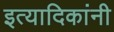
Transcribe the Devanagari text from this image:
इत्यादिकांनी